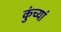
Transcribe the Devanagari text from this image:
कुंच्यां